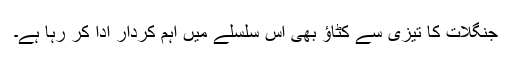
جنگلات کا تیزی سے کٹاؤ بھی اس سلسلے میں اہم کردار ادا کر رہا ہے۔